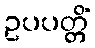
ဥပပတ္တိံ